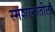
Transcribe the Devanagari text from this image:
स्मशानातीला